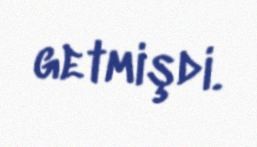
getmişdi.